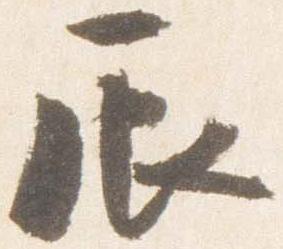
辰